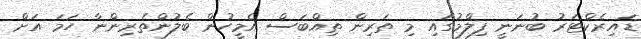
ޑައިރެކްޓަރު ބުނަނީ ފިލްމުގައި މި ތަރިން ތިއްބަސް އެމީހުން ބެލުންތެރިންނާ ހަމަ އަށް